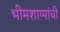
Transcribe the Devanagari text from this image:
भीमशाप्पांची